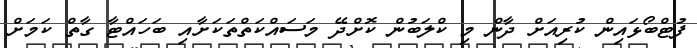
ފުޓްބޯޅައިން ކުރިއަށް ދާން މި ކްލަބުން ކޮށްދޭ މަސައްކަތްތަކަށާއި ބަހައްޓާ ގާތް ކަމަށް